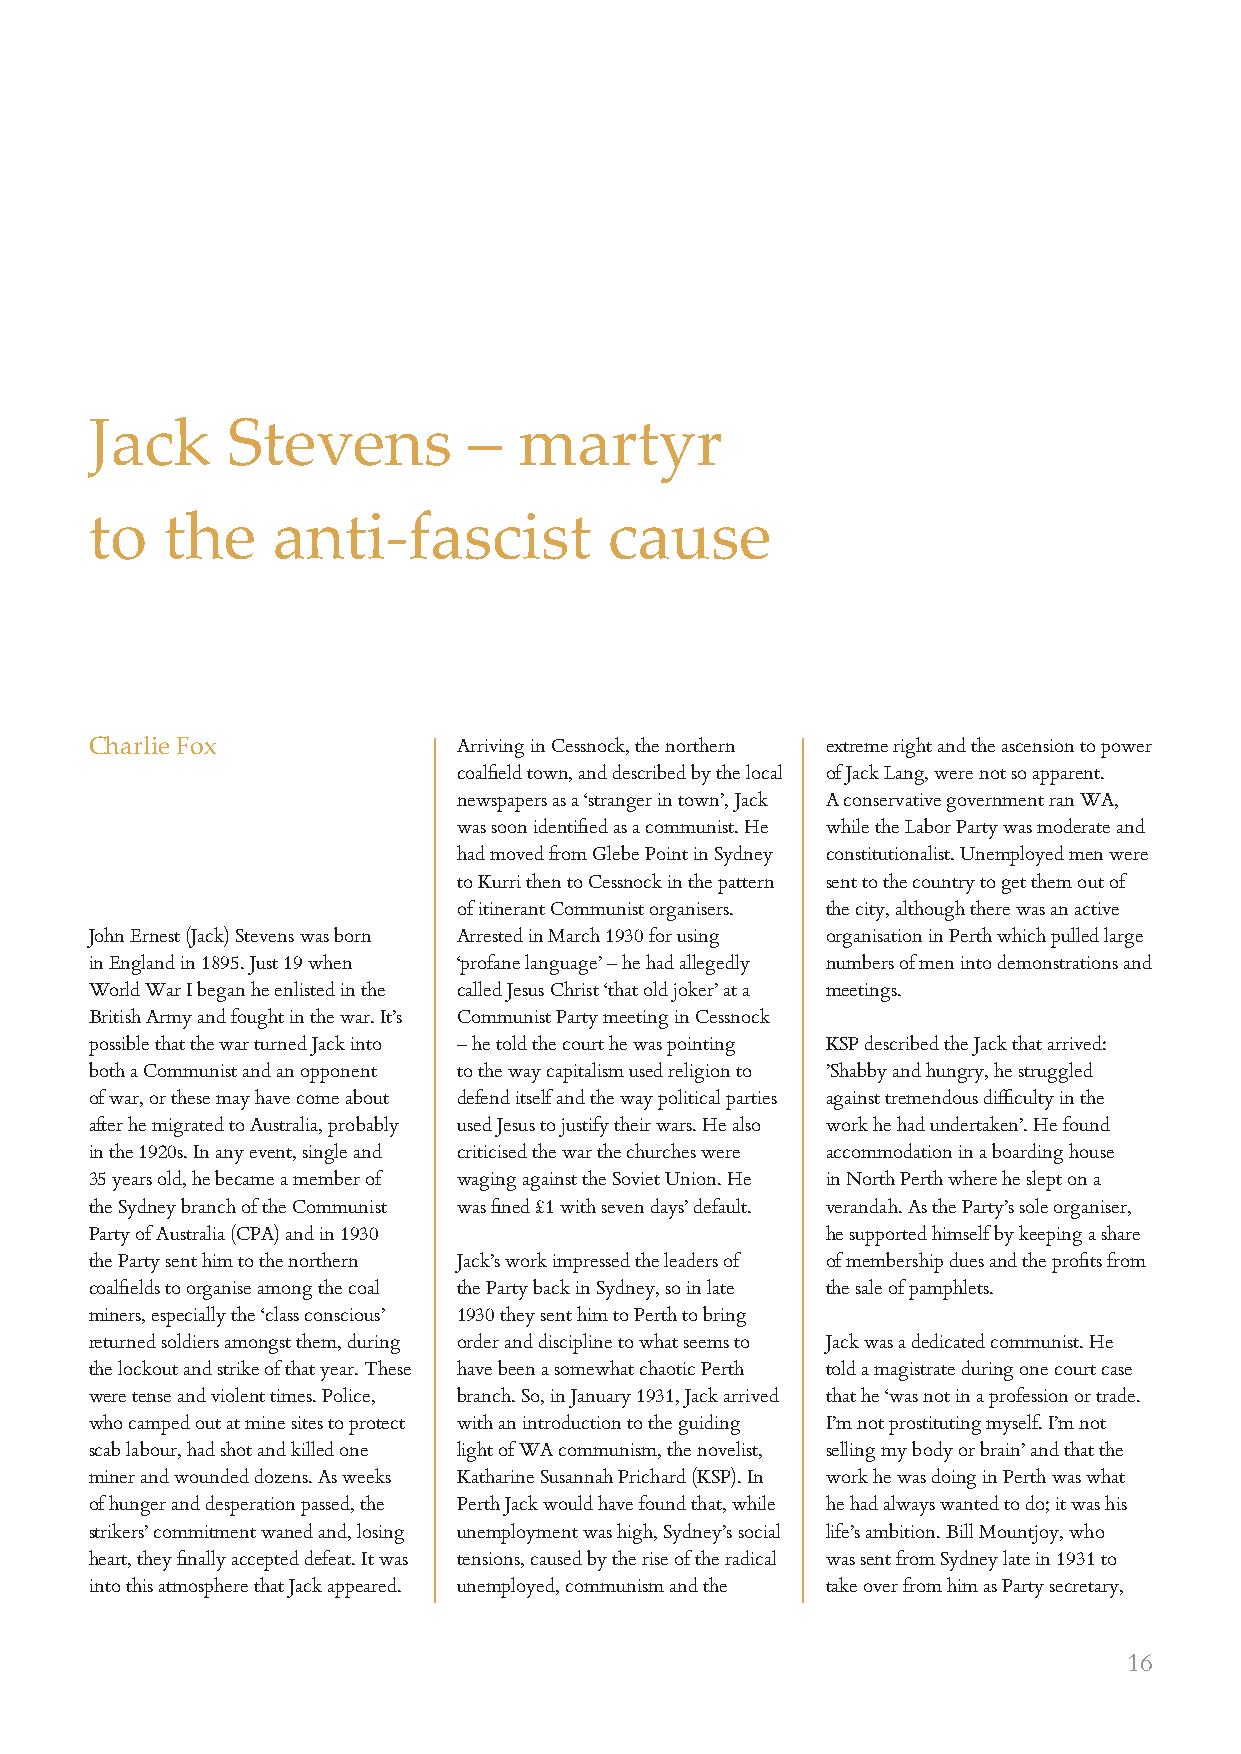
Jack     Stevens         –  martyr
 to   the    anti-fascist          cause
 Charlie Fox             Arriving in Cessnock, the northern extreme right and the ascension to power
 coalfield town, and described by the local of Jack Lang, were not so apparent.
 newspapers as a ‘stranger in town’, Jack A conservative government ran WA,
 was soon identified as a communist. He while the Labor Party was moderate and
 had moved from Glebe Point in Sydney constitutionalist. Unemployed men were
 to Kurri then to Cessnock in the pattern sent to the country to get them out of
 of itinerant Communist organisers. the city, although there was an active
 John Ernest (Jack) Stevens was born Arrested in March 1930 for using organisation in Perth which pulled large
 in England in 1895. Just 19 when ‘profane language’ – he had allegedly numbers of men into demonstrations and
 World War I began he enlisted in the called Jesus Christ ‘that old joker’ at a meetings.
 British Army and fought in the war. It’s Communist Party meeting in Cessnock
 possible that the war turned Jack into – he told the court he was pointing KSP described the Jack that arrived:
 both a Communist and an opponent to the way capitalism used religion to ’Shabby and hungry, he struggled
 of war, or these may have come about defend itself and the way political parties against tremendous difficulty in the
 after he migrated to Australia, probably used Jesus to justify their wars. He also work he had undertaken’. He found
 in the 1920s. In any event, single and criticised the war the churches were accommodation in a boarding house
 35 years old, he became a member of waging against the Soviet Union. He in North Perth where he slept on a
 the Sydney branch of the Communist was fined £1 with seven days’ default. verandah. As the Party’s sole organiser,
 Party of Australia (CPA) and in 1930             he supported himself by keeping a share
 the Party sent him to the northern Jack’s work impressed the leaders of of membership dues and the profits from
 coalfields to organise among the coal the Party back in Sydney, so in late the sale of pamphlets.
 miners, especially the ‘class conscious’ 1930 they sent him to Perth to bring
 returned soldiers amongst them, during order and discipline to what seems to Jack was a dedicated communist. He
 the lockout and strike of that year. These have been a somewhat chaotic Perth told a magistrate during one court case
 were tense and violent times. Police, branch. So, in January 1931, Jack arrived that he ‘was not in a profession or trade.
 who camped out at mine sites to protect with an introduction to the guiding I’m not prostituting myself. I’m not
 scab labour, had shot and killed one light of WA communism, the novelist, selling my body or brain’ and that the
 miner and wounded dozens. As weeks Katharine Susannah Prichard (KSP). In work he was doing in Perth was what
 of hunger and desperation passed, the Perth Jack would have found that, while he had always wanted to do; it was his
 strikers’ commitment waned and, losing unemployment was high, Sydney’s social life’s ambition. Bill Mountjoy, who
 heart, they finally accepted defeat. It was tensions, caused by the rise of the radical was sent from Sydney late in 1931 to
 into this atmosphere that Jack appeared. unemployed, communism and the take over from him as Party secretary,
 16